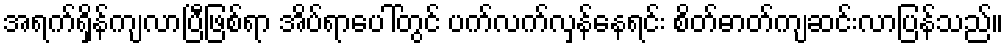
အရက်ရှိန်ကျလာပြီဖြစ်ရာ အိပ်ရာပေါ်တွင် ပက်လက်လှန်နေရင်း စိတ်ဓာတ်ကျဆင်းလာပြန်သည်။